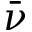
\bar { \nu }